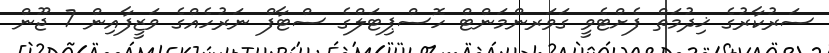
ސަރުކާރުގެ ޚިދުމަތް ފެށްޓެވީ ގަވަރންމަންޓް ހޮސްޕިޓަލްގެ ސްޓާފް ނަރުހެއްގެ ވަޒީފާއިން 7 ޖޫން